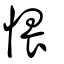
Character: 愄